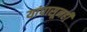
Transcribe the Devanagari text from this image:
यांपासूनही